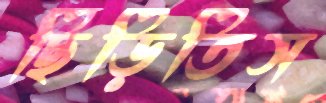
ছিঁড়িতিস